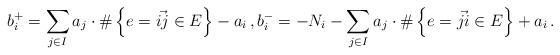
LaTeX: \begin{align*} b^+_i=\sum_{j\in I} a_j\cdot \#\left\{e=\vec{ij}\in E\right\}-a_i \,, b^-_i=-N_i-\sum_{j\in I} a_j\cdot \#\left\{e=\vec{ji}\in E\right\}+a_i \,.\end{align*}